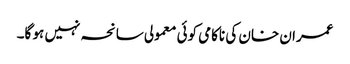
عمران خان کی ناکامی کوئی معمولی سانحہ نہیں ہو گا۔